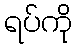
ရပ်ကို